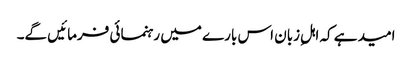
امید ہے کہ اہلِ زبان اس بارے میں رہنمائی فرمائیں گے۔